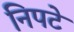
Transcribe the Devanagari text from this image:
निपटे